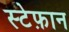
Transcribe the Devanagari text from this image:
स्टेफ़ान